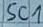
Text: SC1